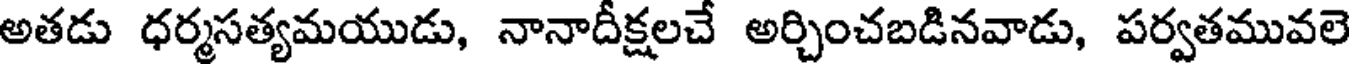
అతడు ధర్మసత్యమయుడు, నానాదీక్షలచే అర్చించబడినవాడు, పర్వతమువలె